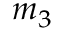
m _ { 3 }